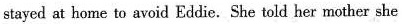
stayed at horme to avoid Eddie. She told her mother she